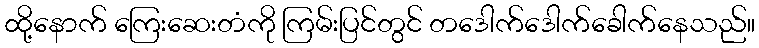
ထို့နောက် ကြေးဆေးတံကို ကြမ်းပြင်တွင် တဒေါက်ဒေါက်ခေါက်နေသည်။